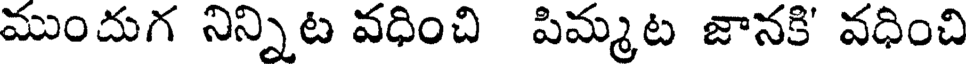
ముందుగ నిన్నిట వధించి పిమ్మట జానకి' వధించి